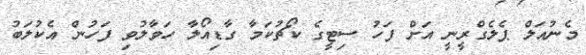
މެނުއަލް ޕެލެގްރީނީ އަށް ފަހު ސިޓީގެ ކޯޗުކަމާ ގާޑިއޯލާ ހަވާލުވި ފަހުން އެކުލަބު